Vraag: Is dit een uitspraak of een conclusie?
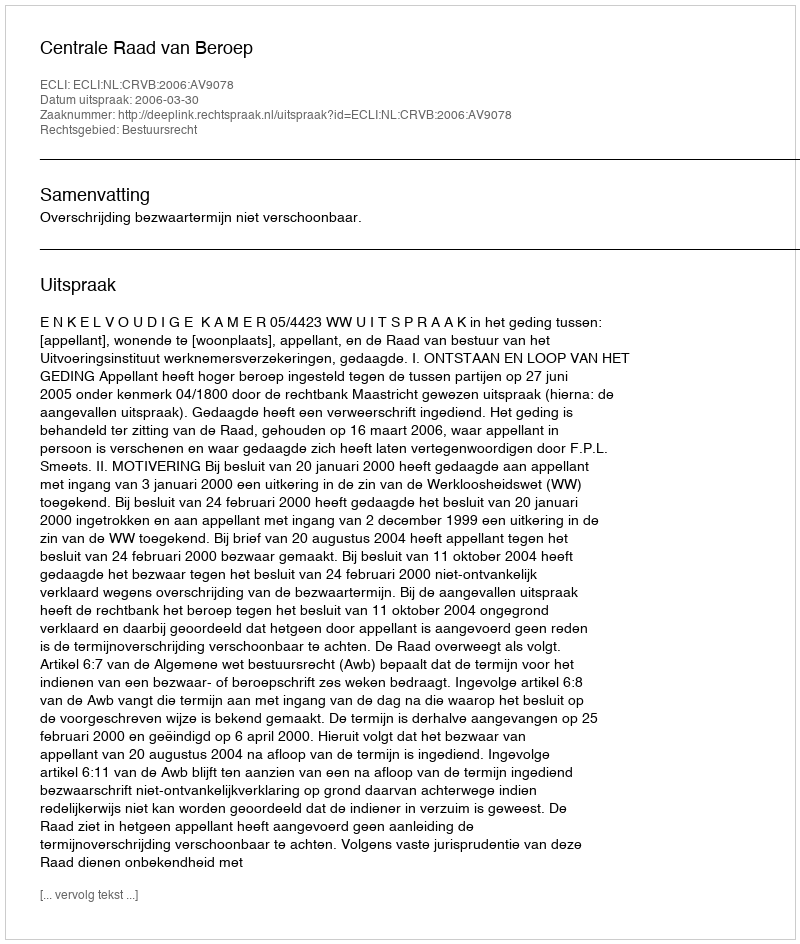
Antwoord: Uitspraak